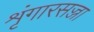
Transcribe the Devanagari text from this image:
शृंगारसज्जा